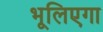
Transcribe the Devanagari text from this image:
भूलिएगा